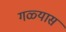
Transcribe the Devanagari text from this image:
गळ्यास